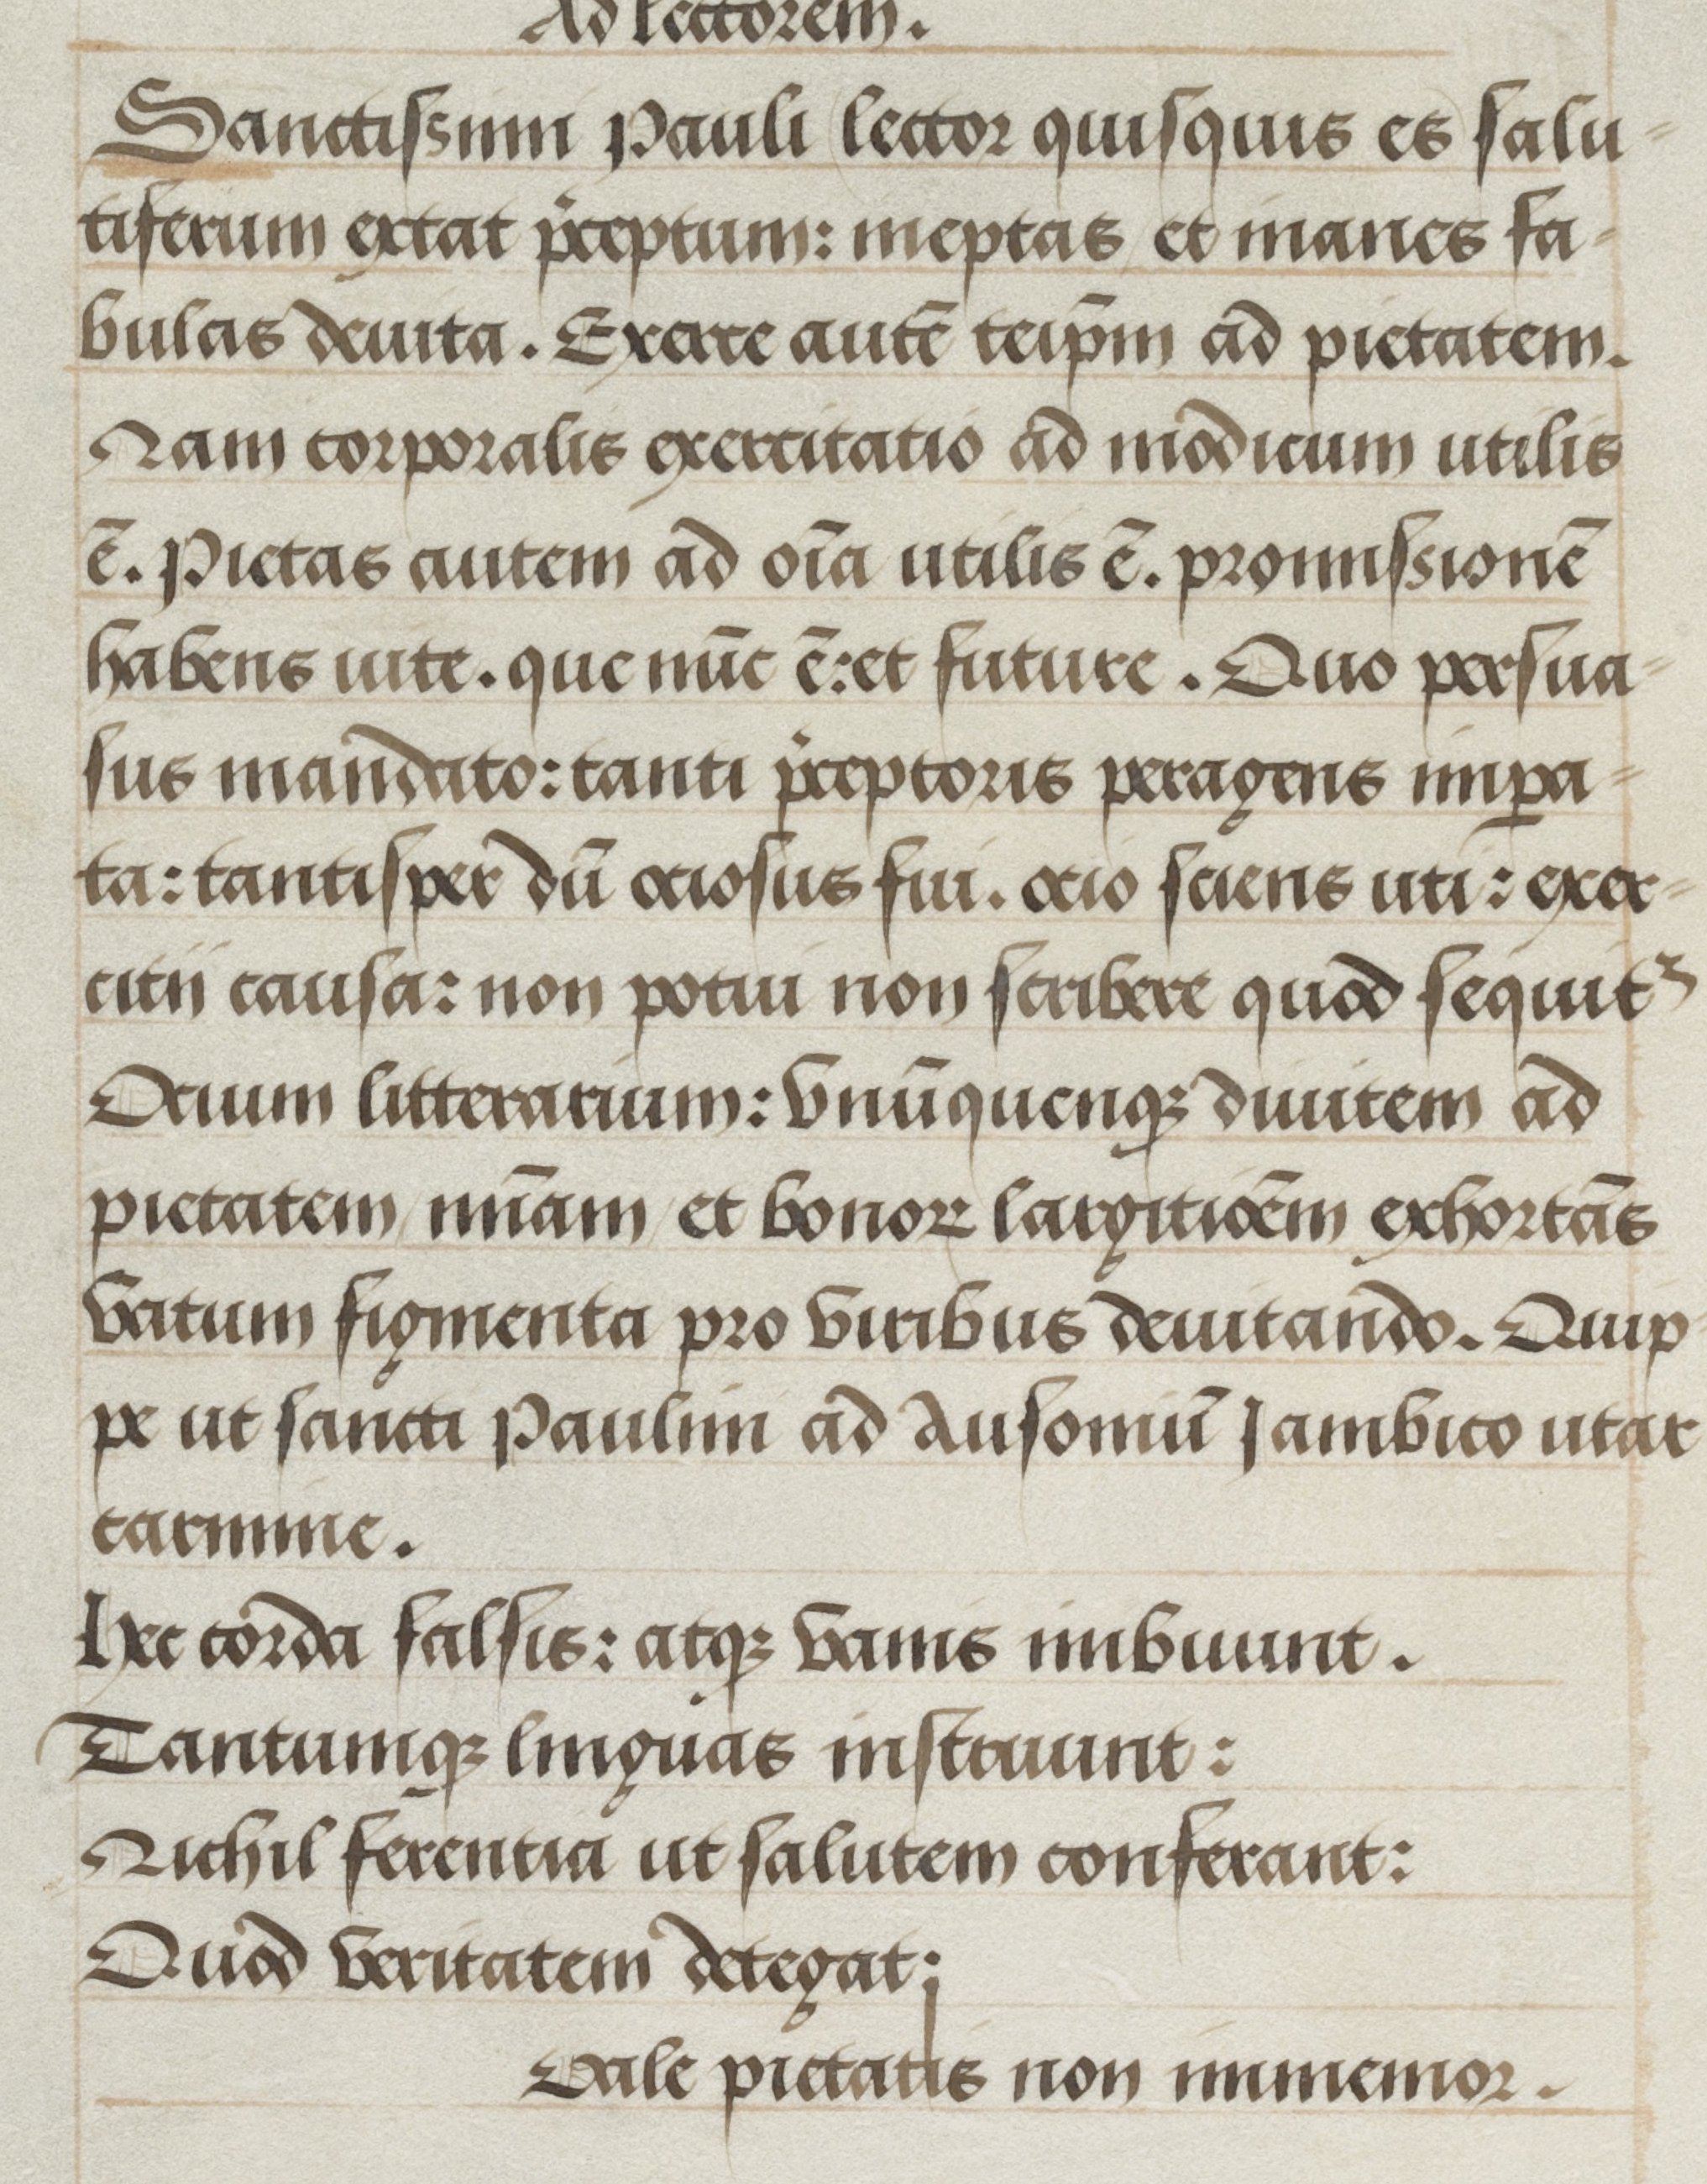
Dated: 1500–1530